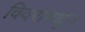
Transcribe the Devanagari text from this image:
विवरांमधून